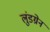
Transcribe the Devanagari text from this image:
लुंडग्रेन